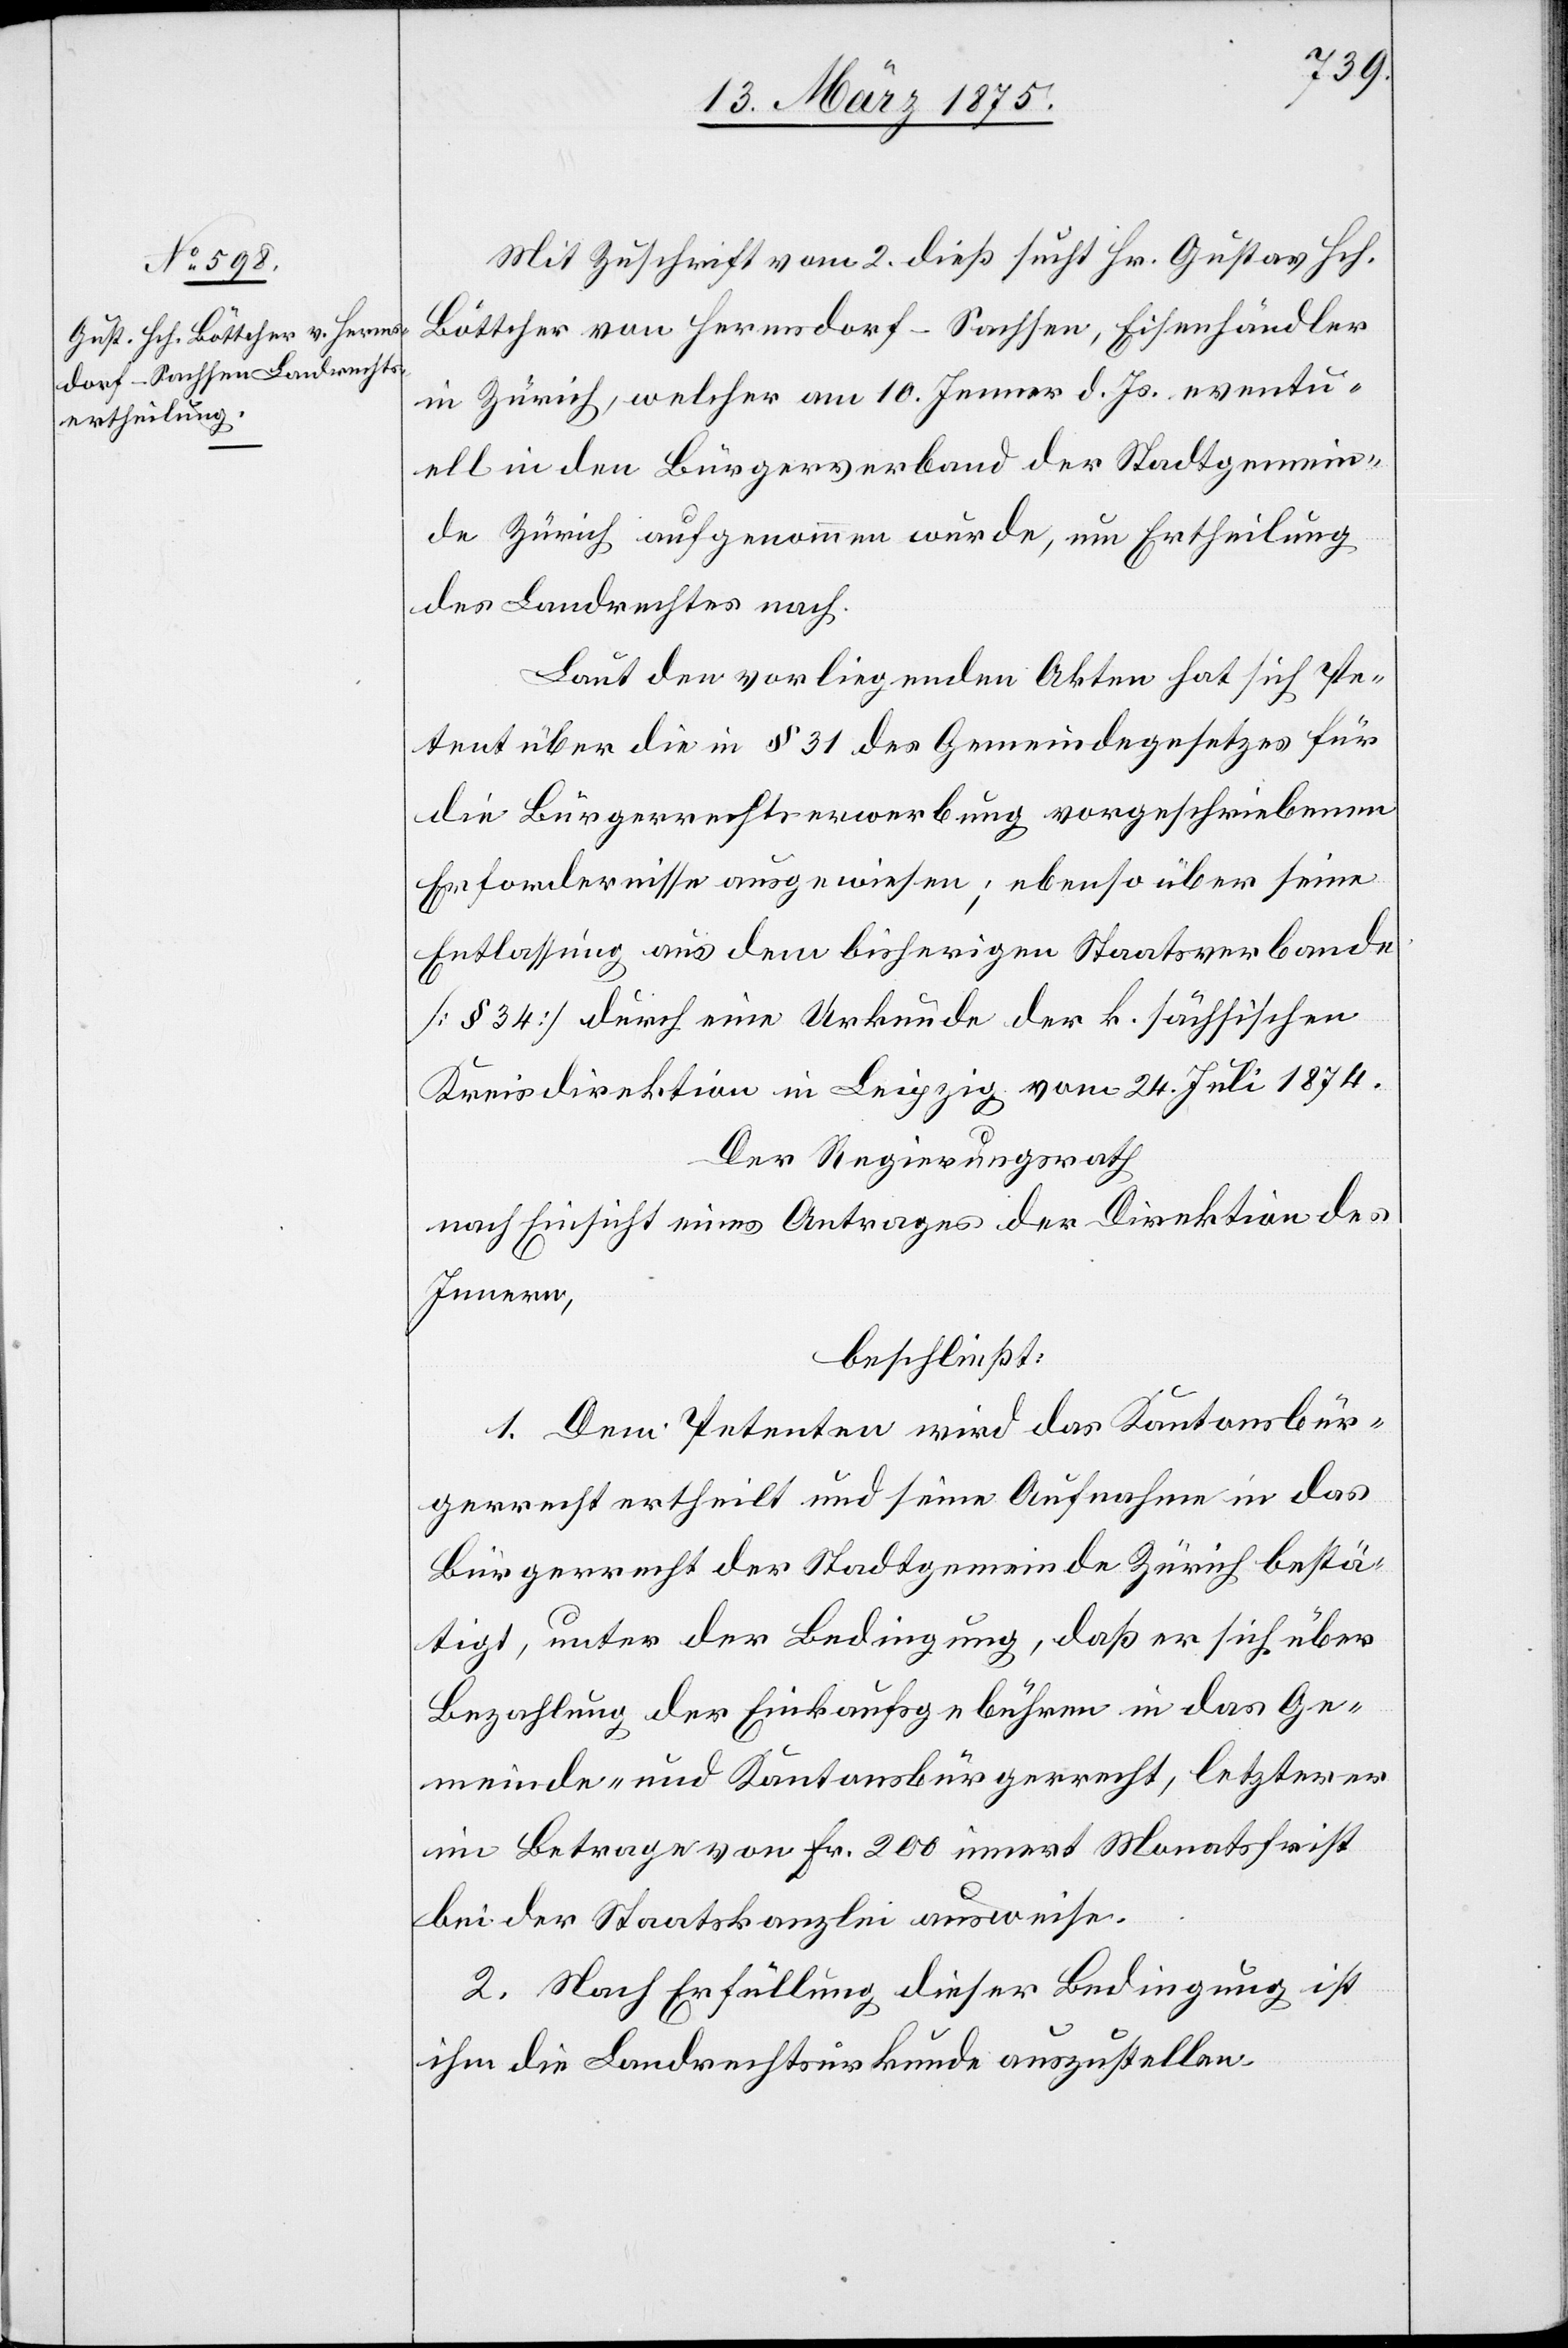
Mit Zuschrift vom 2. dieß sucht Hr. Gustav Hch.
Löttcher von Hernsdorf - Sachsen, Eisenhändler
in Zürich, welcher am 10. Jenner d. Js. eventu¬
ell in den Bürgerverband der Stadtgemein¬
de Zürich aufgenommen wurde, um Ertheilung
des Landrechts nach.
Laut der vorliegenden Akten hat sich Pe¬
tent über die in § 31 des Gemeindegesetzes für
die Bürgerrechtserwerbung vorgeschriebenen
Erfordernisse ausgewiesen; ebenso über seine
Entlassung aus dem bisherigen Staatsverbande
[§ 34] durch eine Urkunde der k. sächsischen
Kreisdirektion in Leipzig vom 24. Juli 1874.
Der Regierungsrath
nach Einsicht eines Antrages der Direktion des
Innern,
beschließt:
1. Dem Petenten wird das Kantonsbür¬
gerrecht ertheilt und seine Aufnahme in das
Bürgerrecht der Stadtgemeinde Zürich bestä¬
tigt, unter der Bedingung, daß er sich über
Bezahlung der Einkaufsgebühren in das Ge¬
meinde- und Kantonsbürgerrecht, letzterer
im Betrage von Fr. 200 innert Monatsfrist
bei der Staatskanzlei ausweise.
2. Nach Erfüllung dieser Bedingung ist
ihm die Landrechturkunde auszustellen.